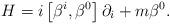
LaTeX: \begin{align*}H=i\left[ \beta ^{i},\beta ^{0}\right] \partial _{i}+m\beta ^{0}.\end{align*}